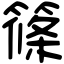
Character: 篠